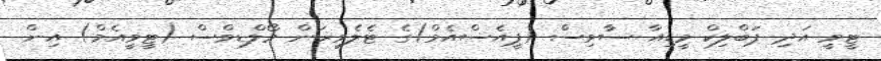
ޓީވީ އަދި ޕަބްލިކް މީޑިއާ ސާވިސް (ޕީއެސްއެމް)ގެ ޓެލެވިޜަން މޯލްޑިވްސް (ޓީވީއެމް) އިން